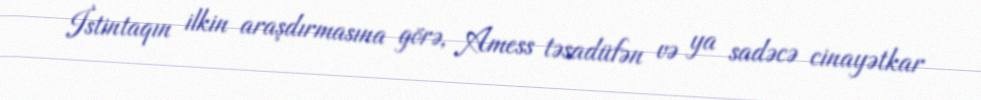
İstintaqın ilkin araşdırmasına görə, Amess təsadüfən və ya sadəcə cinayətkar